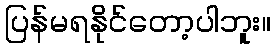
ပြန်မရနိုင်တော့ပါဘူး။